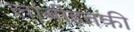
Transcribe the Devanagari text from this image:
लांबीइतकी